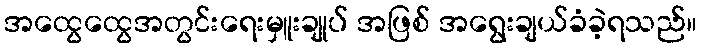
အထွေထွေအတွင်းရေးမှူးချုပ် အဖြစ် အရွေးချယ်ခံခဲ့ရသည်။